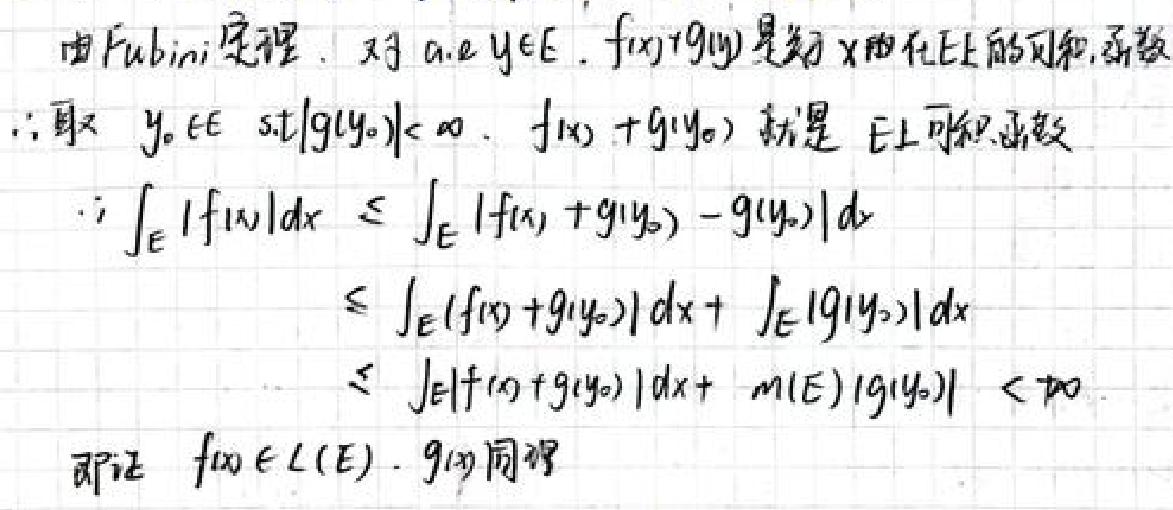
由Fubini定理. 对a.e \(y\in E\), \(f(x)+g(y)\)是关于\(x\)在\(E\)上的可和函数.
\(\therefore\)取 \(y_{0}\in E\) s.t \(|g(y_{0})|<\infty\). \(f(x)+g(y_{0})\)就是 \(E\)上可积函数.
\(\therefore \int_{E}|f(x)|dx\leqslant\int_{E}|f(x)+g(y_{0}) - g(y_{0})|dx\)
\(\leqslant\int_{E}|f(x)+g(y_{0})|dx+\int_{E}|g(y_{0})|dx\)
\(\leqslant\int_{E}|f(x)+g(y_{0})|dx + m(E)|g(y_{0})|<\infty\).
即证 \(f(x)\in L(E)\). \(g(x)\)同理.